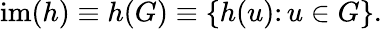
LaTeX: \operatorname{im}(h)\equiv h(G)\equiv\left\{ h(u)\colon u\in G\right\} .